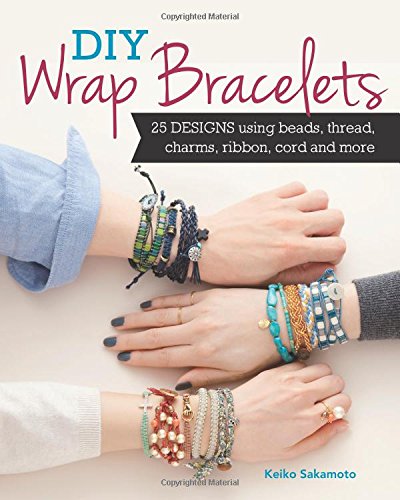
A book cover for DIY Wrap Bracelets: 25 Designs Using Beads, Thread, Charms, Ribbon, Cord and More; Keiko Sakamoto; Crafts, Hobbies & Home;